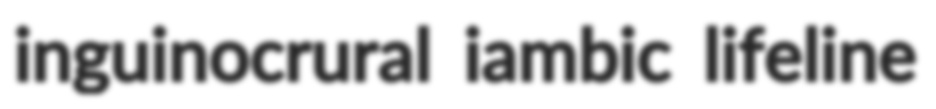
inguinocrural iambic lifeline